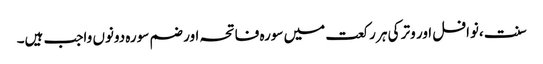
سنت ،نوافل اور وتر کی ہر رکعت میں سورہ فاتحہ اور ضم سورہ دونوں واجب ہیں۔